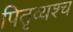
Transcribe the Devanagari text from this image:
पितृव्यश्च